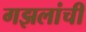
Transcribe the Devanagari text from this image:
गझलांची